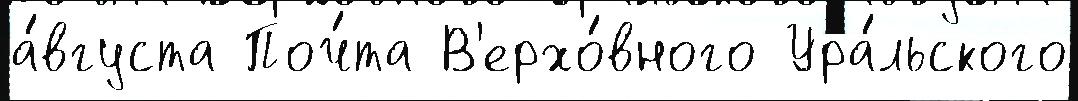
а́вгуста Поч́та В'ерхо́вного Ура́льского